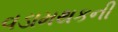
વડામથકની